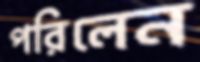
পরিলেন